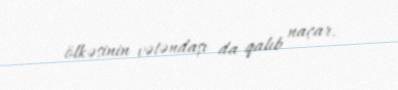
ölkəsinin vətəndaşı da qalıb naçar.